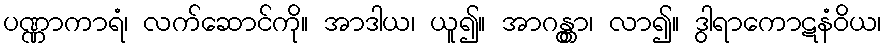
ပဏ္ဏာကာရံ၊ လက်ဆောင်ကို။ အာဒါယ၊ ယူ၍။ အာဂန္တွာ၊ လာ၍။ ဒွါရာကောဋနံဝိယ၊